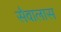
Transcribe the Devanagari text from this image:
सैवालास